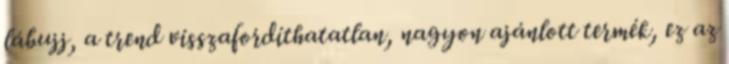
lábujj, a trend visszafordíthatatlan, nagyon ajánlott termék, ez az